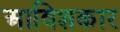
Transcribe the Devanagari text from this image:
अाविशकार